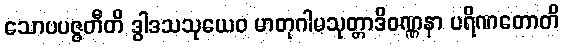
သောပပဇ္ဇတီတိ ဒွါဒသသုယေဝ မာတုဂါမသုတ္တာဒိဝဏ္ဏနာ ပရိဏတောတိ